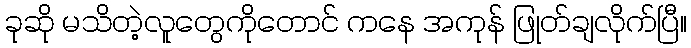
ခုဆို မသိတဲ့လူတွေကိုတောင် ကနေ အကုန် ဖြုတ်ချလိုက်ပြီ။